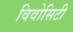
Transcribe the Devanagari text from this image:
विवोसिटी